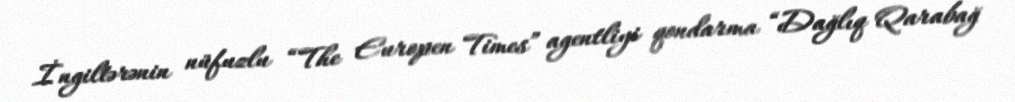
İngiltərənin nüfuzlu “The Europen Times” agentliyi qondarma “Dağlıq Qarabağ